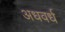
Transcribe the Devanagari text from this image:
अधवर्ध